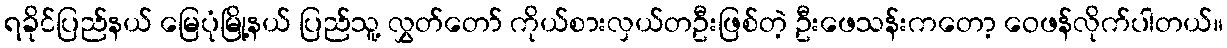
ရခိုင်ပြည်နယ် မြေပုံမြို့နယ် ပြည်သူ့ လွှတ်တော် ကိုယ်စားလှယ်တဦးဖြစ်တဲ့ ဦးဖေသန်းကတော့ ဝေဖန်လိုက်ပါတယ်။